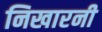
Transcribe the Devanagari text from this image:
निखारनी